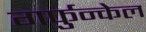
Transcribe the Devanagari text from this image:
गर्फुन्केल